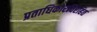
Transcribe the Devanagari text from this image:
प्रताधिकारविरहित